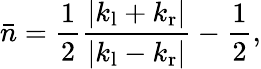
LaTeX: \bar{n}=\frac{1}{2}\frac{|k_{\mathrm{l}}+k_{\mathrm{r}}|}{|k_{\mathrm{l}}-k_{\mathrm{r}}|}-\frac{1}{2},